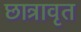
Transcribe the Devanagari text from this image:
छात्रावृत